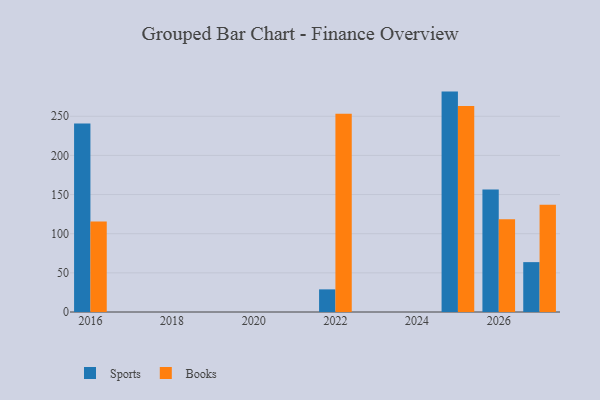
{"axis": {"x": "Year", "y": "Population (Million)"}, "legend": ["Books", "Sports"], "data": [{"x": "2025", "y": 281.5, "type": "Sports"}, {"x": "2025", "y": 263.1, "type": "Books"}, {"x": "2026", "y": 156.5, "type": "Sports"}, {"x": "2026", "y": 118.4, "type": "Books"}, {"x": "2022", "y": 28.9, "type": "Sports"}, {"x": "2022", "y": 253.2, "type": "Books"}, {"x": "2027", "y": 63.7, "type": "Sports"}, {"x": "2027", "y": 137.0, "type": "Books"}, {"x": "2016", "y": 240.9, "type": "Sports"}, {"x": "2016", "y": 115.6, "type": "Books"}]}